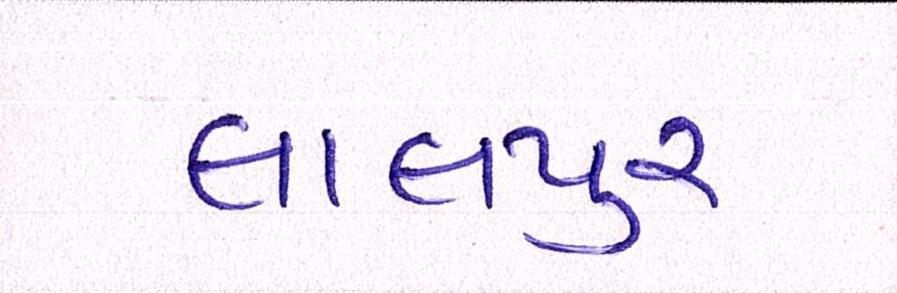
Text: લાલપુર